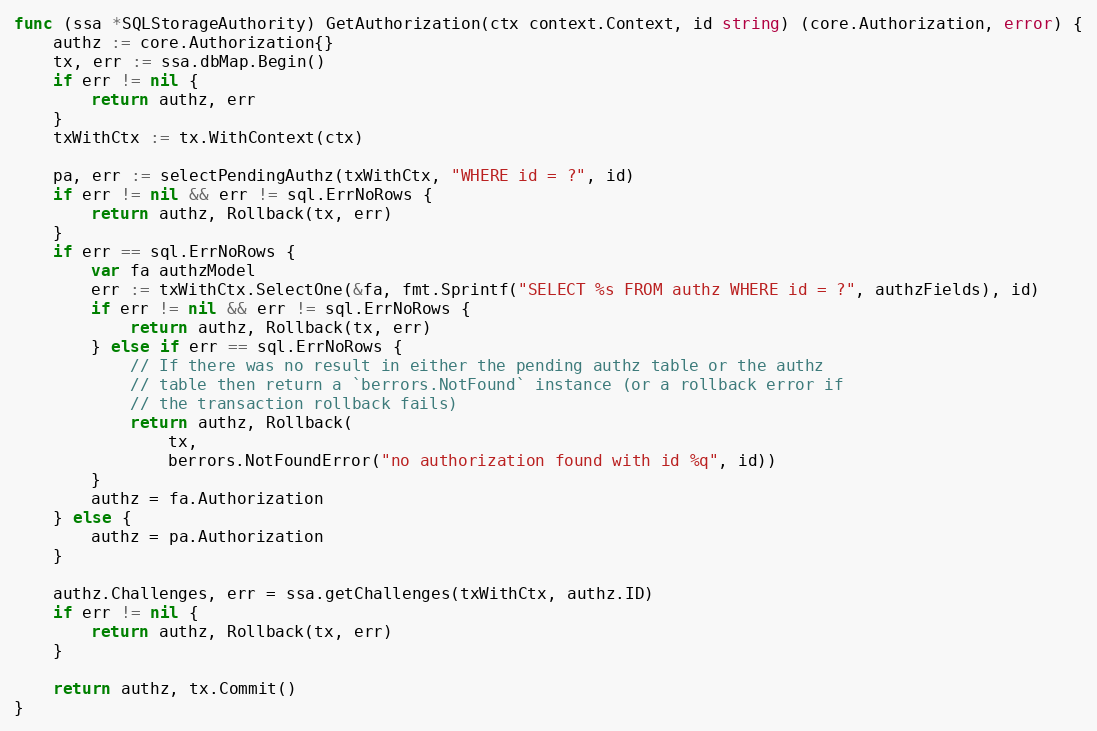
Language: Go
func (ssa *SQLStorageAuthority) GetAuthorization(ctx context.Context, id string) (core.Authorization, error) {
	authz := core.Authorization{}
	tx, err := ssa.dbMap.Begin()
	if err != nil {
		return authz, err
	}
	txWithCtx := tx.WithContext(ctx)

	pa, err := selectPendingAuthz(txWithCtx, "WHERE id = ?", id)
	if err != nil && err != sql.ErrNoRows {
		return authz, Rollback(tx, err)
	}
	if err == sql.ErrNoRows {
		var fa authzModel
		err := txWithCtx.SelectOne(&fa, fmt.Sprintf("SELECT %s FROM authz WHERE id = ?", authzFields), id)
		if err != nil && err != sql.ErrNoRows {
			return authz, Rollback(tx, err)
		} else if err == sql.ErrNoRows {
			// If there was no result in either the pending authz table or the authz
			// table then return a `berrors.NotFound` instance (or a rollback error if
			// the transaction rollback fails)
			return authz, Rollback(
				tx,
				berrors.NotFoundError("no authorization found with id %q", id))
		}
		authz = fa.Authorization
	} else {
		authz = pa.Authorization
	}

	authz.Challenges, err = ssa.getChallenges(txWithCtx, authz.ID)
	if err != nil {
		return authz, Rollback(tx, err)
	}

	return authz, tx.Commit()
}